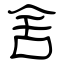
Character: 舍